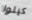
كيلوا